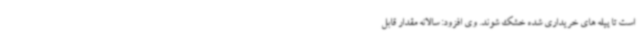
است تا پیله های خریداری شده خشک شوند. وی افزود: سالانه مقدار قابل